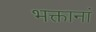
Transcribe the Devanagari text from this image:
भक्तानां